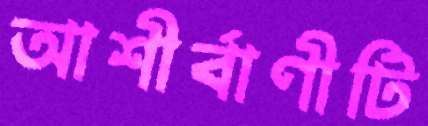
আশীর্বাণীটি